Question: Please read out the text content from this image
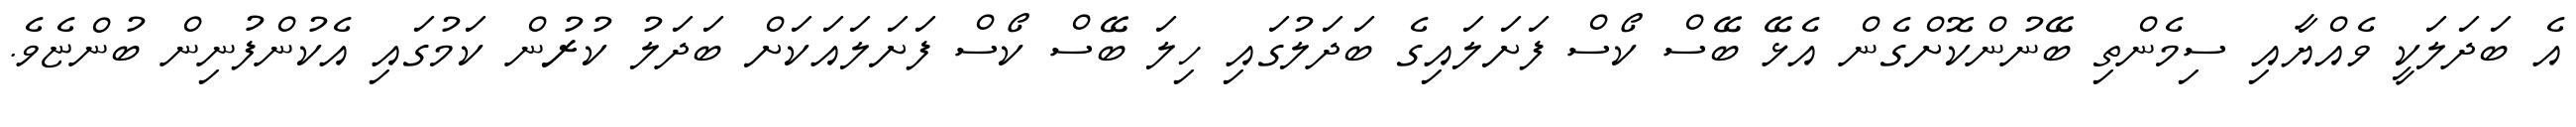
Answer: އެ ބަދަލަކީ ވެއްޔާއި ސިމެންތި ބޭނުންކޮށްގެން އެޅޭ ބޭސް ކޯސް ފަށަލައިގެ ބަދަލުގައި ހިލަ ބޭސް ކޯސް ފަށަލައަކަށް ބަދަލު ކުރުން ކަމުގައި އެކުންފުނިން ބުންޏެވެ.